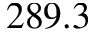
2 8 9 . 3